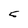
Character: 5